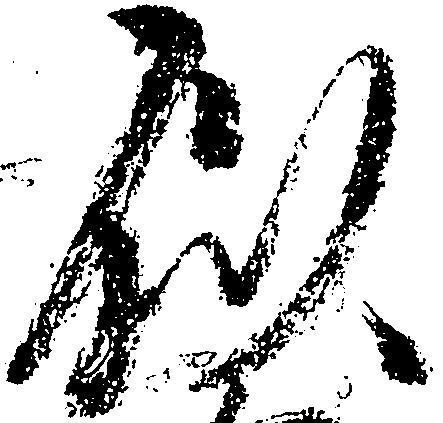
似